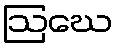
ဩဃေ